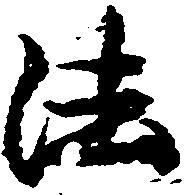
法